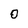
Character: O